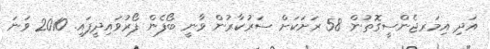
އަދި އިމަރޖެންސީގޮތުން 58 ރަށަކަށް ސަރުކާރުން ވާނީ ބޯފެން ފޯރުވައިދީފައި. 2010 ވަނަ